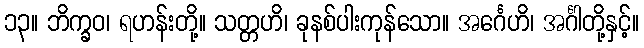
၁၃။ ဘိက္ခဝ၊ ရဟန်းတို့။ သတ္တဟိ၊ ခုနစ်ပါးကုန်သော။ အင်္ဂေဟိ၊ အင်္ဂါတို့နှင့်။